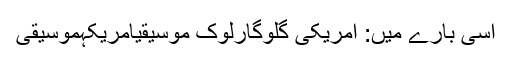
اسی بارے میں: امریکی گلوگارلوک موسیقیامریکہموسیقی